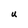
Character: U